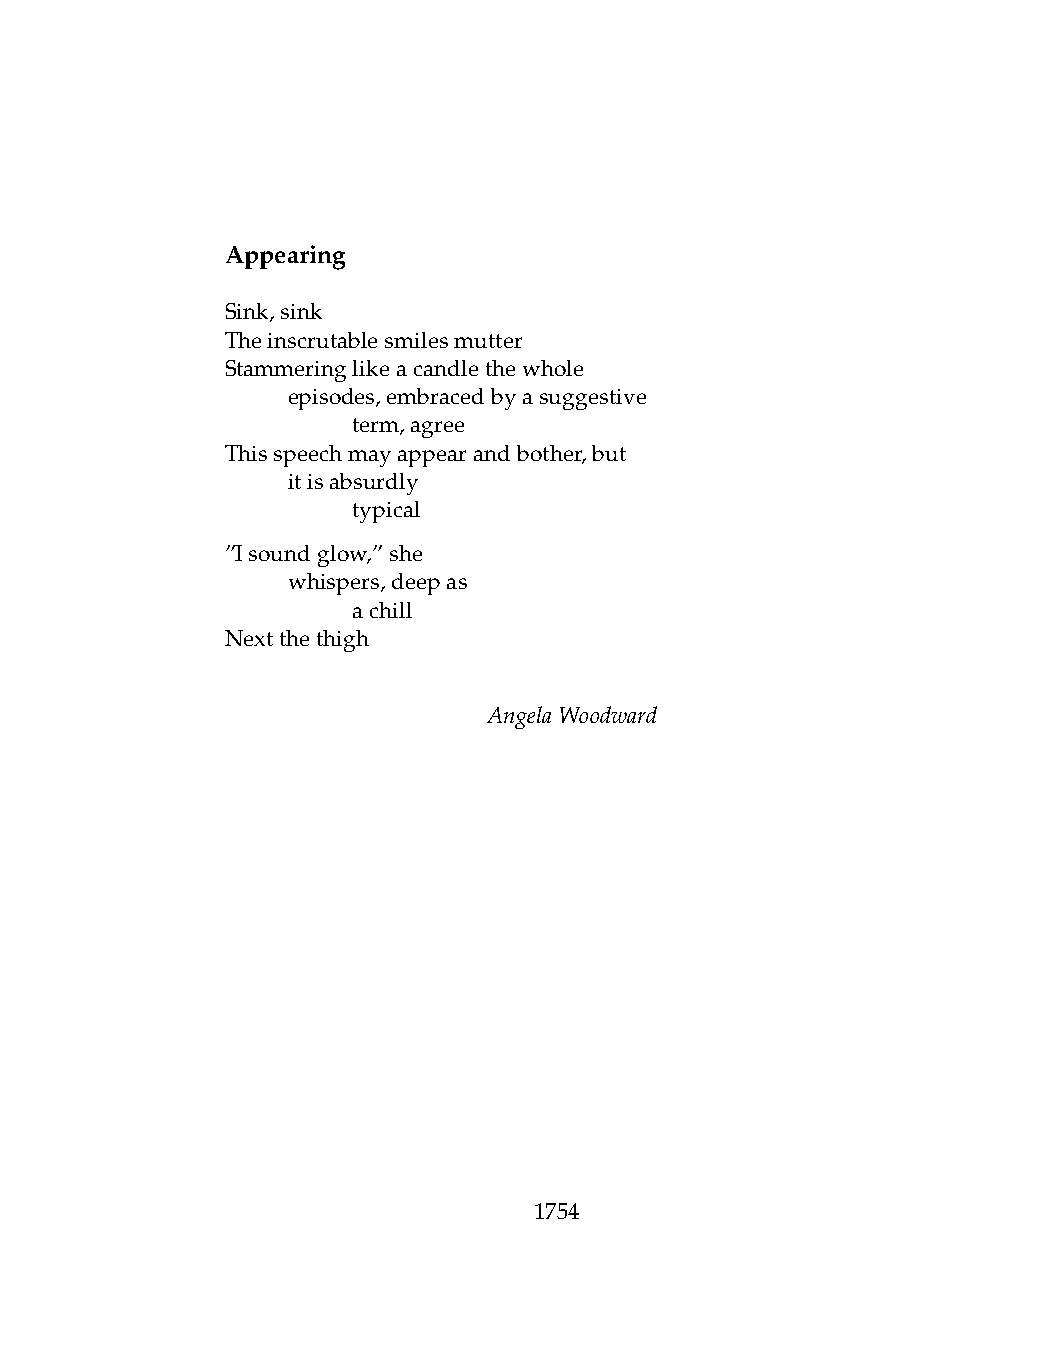
Appearing
 Sink,sink
 Theinscrutablesmilesmutter
 Stammeringlikeacandlethewhole
 .   episodes,embracedbyasuggestive
 .   .   term,agree
 Thisspeechmayappearandbother,but
 .   itisabsurdly
 .   .   typical
 ”Isoundglow,”she
 .   whispers,deepas
 .   .   achill
 Nextthethigh
 AngelaWoodward
 1754